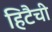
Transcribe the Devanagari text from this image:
हिटैची